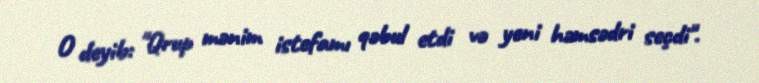
O deyib: "Qrup mənim istefamı qəbul etdi və yeni həmsədri seçdi".